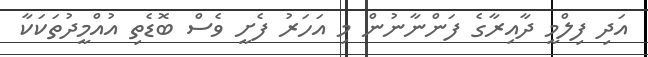
އަދި ފިލްމީ ދާއިރާގެ ފަންނާނުން މި އަހަރު ފެށީ ވެސް ބޮޑެތި އުއްމީދުތަކަކާ